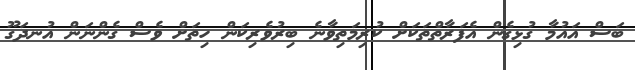
ބަސް އައުމާ ގުޅިގެން އެފަރާތްތަކަށް ކުރިމަތިވާނެ ބިރުވެރިކަން ހިތަށް ވެސް ގެންނަން އުނދަގޫ